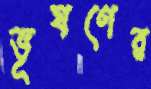
ভূষণের